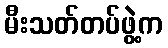
မီးသတ်တပ်ဖွဲ့က